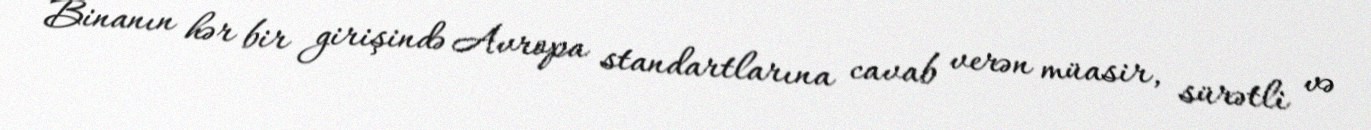
Binanın hər bir girişində Avropa standartlarına cavab verən müasir, sürətli və